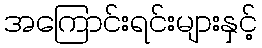
အကြောင်းရင်းများနှင့်